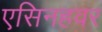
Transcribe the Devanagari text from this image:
एसिनहवर